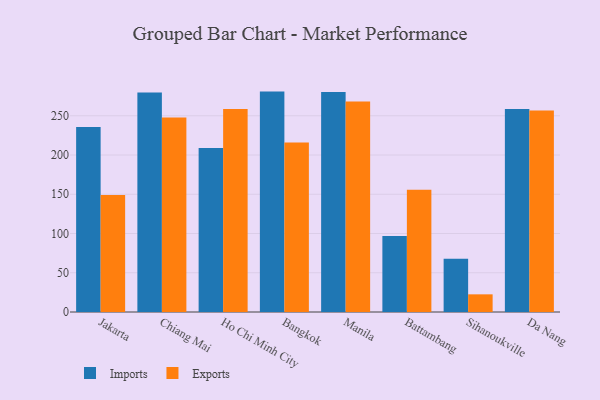
{"axis": {"x": "City", "y": "Budget (USD K)"}, "legend": ["Exports", "Imports"], "data": [{"x": "Jakarta", "y": 235.6, "type": "Imports"}, {"x": "Jakarta", "y": 149.1, "type": "Exports"}, {"x": "Chiang Mai", "y": 279.5, "type": "Imports"}, {"x": "Chiang Mai", "y": 247.8, "type": "Exports"}, {"x": "Ho Chi Minh City", "y": 208.8, "type": "Imports"}, {"x": "Ho Chi Minh City", "y": 258.6, "type": "Exports"}, {"x": "Bangkok", "y": 280.8, "type": "Imports"}, {"x": "Bangkok", "y": 215.9, "type": "Exports"}, {"x": "Manila", "y": 280.4, "type": "Imports"}, {"x": "Manila", "y": 268.2, "type": "Exports"}, {"x": "Battambang", "y": 96.9, "type": "Imports"}, {"x": "Battambang", "y": 155.9, "type": "Exports"}, {"x": "Sihanoukville", "y": 68.0, "type": "Imports"}, {"x": "Sihanoukville", "y": 22.5, "type": "Exports"}, {"x": "Da Nang", "y": 258.7, "type": "Imports"}, {"x": "Da Nang", "y": 256.6, "type": "Exports"}]}